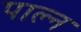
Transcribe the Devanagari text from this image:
पाल्न